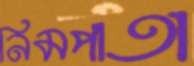
নিমপাতা